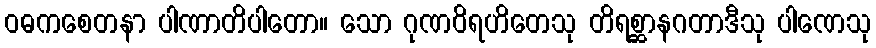
ဝဓကစေတနာ ပါဏာတိပါတော။ သော ဂုဏဝိရဟိတေသု တိရစ္ဆာနဂတာဒီသု ပါဏေသု